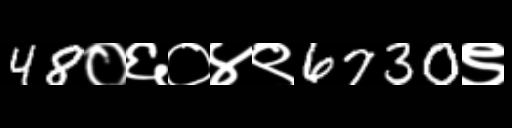
Text: 48०६०४९6730९